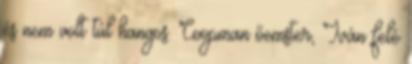
és nem volt túl hangos. Coopman őemster, Iván felé